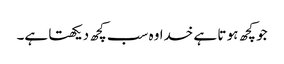
جو کچھ ہو تا ہے خدا وہ سب کچھ دیکھتا ہے۔